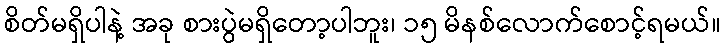
စိတ်မရှိပါနဲ့ အခု စားပွဲမရှိတော့ပါဘူး၊ ၁၅ မိနစ်လောက်စောင့်ရမယ်။